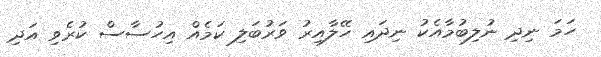
ހަމަ ނިދި ނުލިބުމާއެކު ނިދައި ހޭލާއިރު ވަރުބަލި ކަމެއް އިހުސާސް ކުރެވި އަދި